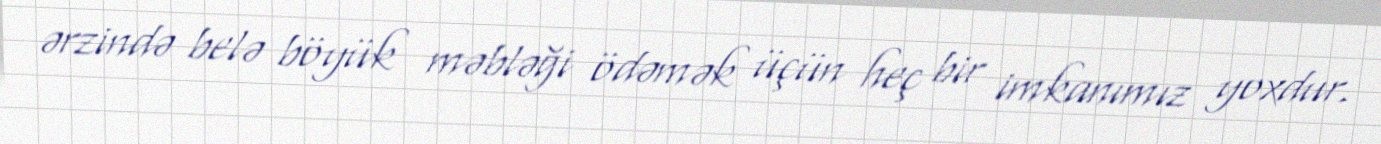
ərzində belə böyük məbləği ödəmək üçün heç bir imkanımız yoxdur.